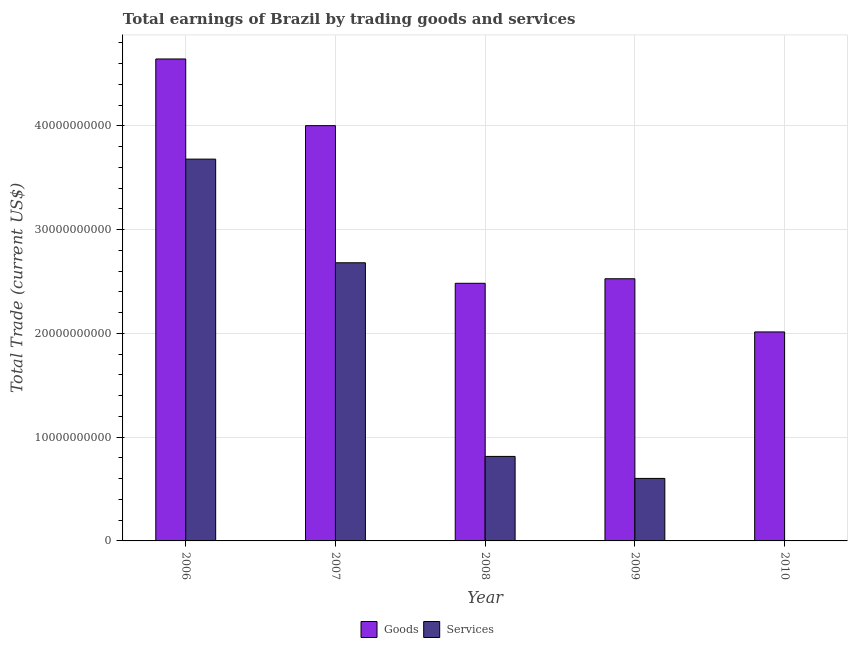
| Year | Goods | Services |
 | --- | --- | --- |
 | 2006 | 4.65e+10 | 3.68e+10 |
 | 2007 | 4e+10 | 2.68e+10 |
 | 2008 | 2.48e+10 | 8.15e+09 |
 | 2009 | 2.53e+10 | 6.03e+09 |
 | 2010 | 2.01e+10 | -1.07e+10 |